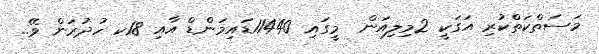
މަސަތްކަތްކުރި އަގަކީ 2މިލިއަން  މީގައި 11440ޑައިމަންޑް އާއި 18ކ ހުދުރަން ވޭ..